Annual report of lunatic asylums [Bombay] - 1912-1922
Year: 1912
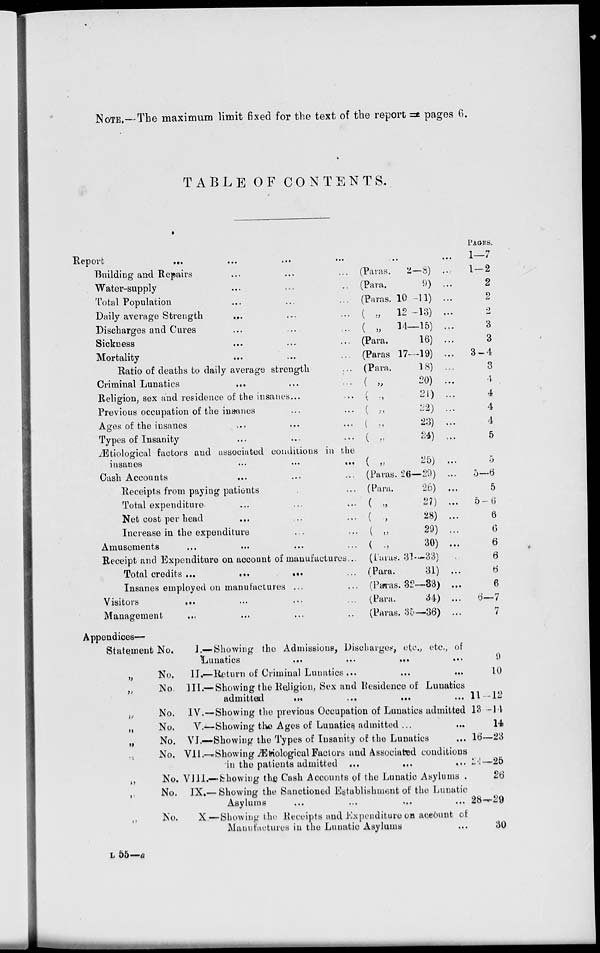
NOTE.—The maximum limit fixed for the text of the report = pages 6.
TABLE OF CONTENTS.
Report ... ... ... ...
Building and Repairs ... ... ...
Water-supply ... ... ...
Total Population ... ... ...
Daily average Strength ... ... ...
Discharges and Cures ... ... ...
Sickness ... ... ...
Mortality ... ... ...
Ratio of deaths to daily average strength ...
Criminal Lunatics ... ... ...
Religion, sex and residence of the insanes ... ...
Previous occupation of the insanes ... ... ...
Ages of the insanes ... ... ...
Types of Insanity ... ... ...
Ætiological factors and associated conditions in the
insanes
...
...
...
Cash Accounts ... ... ...
Receipts from paying patients ... ...
Total expenditure ... ... ...
Net cost per head ... ... ...
Increase in the expenditure ... ...
Amusements ... ... ... ...
Receipt and Expenditure on account of manufactures ...
Total credits
...
...
...
...
Insanes employed on manufactures ... ...
Visitors ... ... ... ...
Management ... ... ... ...
... ...
(Paras.
2—8) ...
(Para.
9)
...
(Paras. 10 —11) ...
( „ 12 —13) ...
( „
34—15) ...
(Para.
16) ...
(Paras 17—19) ...
(Para.
18) ...
(
„
20) ...
(
„
21) ...
( „
22) ...
(
„
23) ...
(
„
24) ...
(
„
25)
(Paras. 26—29) ...
(Para.
26)
( „
27) ...
(
„
28) ...
( „
29) ...
(
„
30) ...
(Paras. 31—33)
(Para.
31) ...
(Paras. 32—33) ...
(Para.
34) ...
(Paras. 35—36) ...
PAGES.
1—7
1—2
2
2
2
3
3
3—4
3
4
4
4
4
5
5
5—6
5
5 — 6
6
6
6
6
6
6
6—7
7
Appendices—
Statement No.
„
No.
„ No.
„ No.
„
No.
„
No.
„ No.
„ No.
„ No.
„ No.
I.—Showing the Admissions, Discharges, etc., etc., of
Lunatics
...
...
...
II.—Return of Criminal Lunatics ...
...
...
III.— Showing the Religion, Sex and Residence of Lunatics
admitted
... ... ... ...
IV.—Showing the previous Occupation of Lunatics admitted
V.—Showing the Ages of Lunatics admitted ... ...
VI.—Showing the Types of Insanity of the Lunatics ...
VII.—Showing Ætiological Factors and Associated conditions
in the patients admitted ...
...
...
VIII.— Showing the Cash Accounts of the Lunatic Asylums .
IX.— Showing the Sanctioned Establishment of the Lunatic
Asylums ... ... ... ...
X.—Showing the Receipts and Expenditure on account of
Manufactures in the Lunatic Asylums ...
9
10
11—12
13—14
14
16—23
24 — 25
26
28—29
30
L 55—a